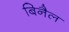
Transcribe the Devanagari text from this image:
बिनैल